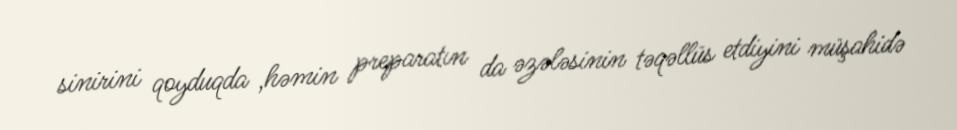
sinirini qoyduqda ,həmin preparatın da əzələsinin təqəllüs etdiyini müşahidə